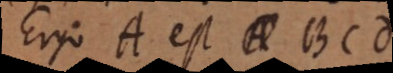
Ergo A est BCD